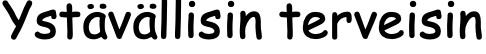
Ystävällisin terveisin